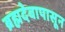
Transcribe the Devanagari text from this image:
ब्रह्मदेवापासून